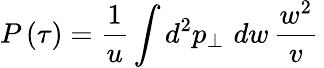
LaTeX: P\left(\tau\right)=\frac{1}{u}\int d^{2}p_{\bot}\, \, dw\, \frac{w^{2}}{v}\,